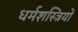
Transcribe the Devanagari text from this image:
धर्मशस्त्रियों